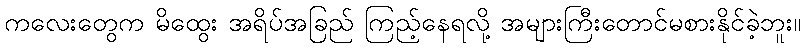
ကလေးတွေက မိထွေး အရိပ်အခြည် ကြည့်နေရလို့ အများကြီးတောင်မစားနိုင်ခဲ့ဘူး။